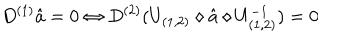
LaTeX: D ^ { ( 1 ) } \hat { a } = 0 \Leftrightarrow D ^ { ( 2 ) } ( U _ { ( 1 , 2 ) } \diamond \hat { a } \diamond U _ { ( 1 , 2 ) } ^ { - 1 } ) = 0